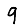
Digit: 9